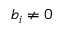
b _ { i } \neq 0